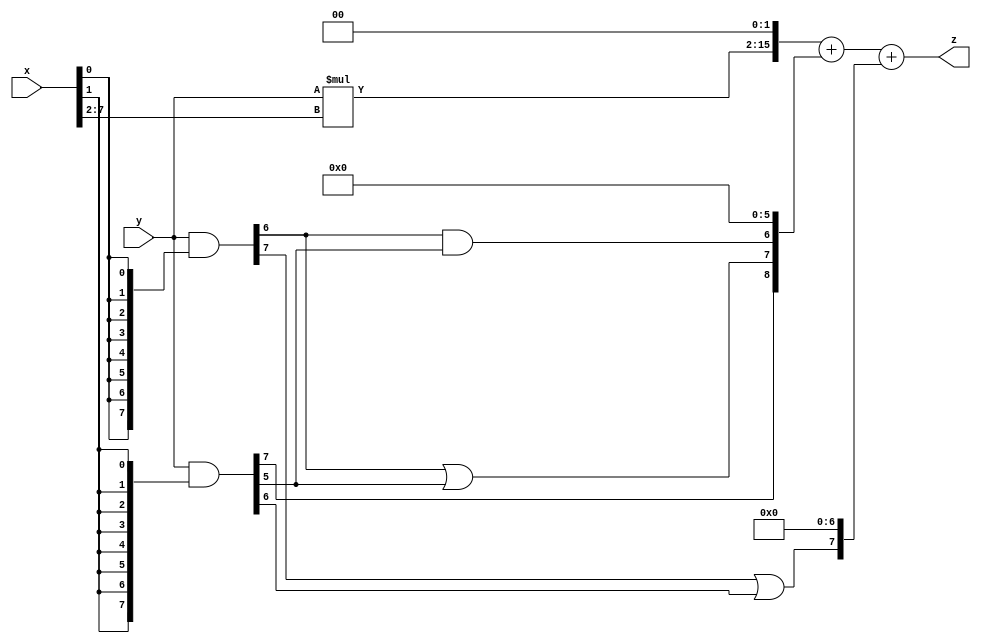
// terms: 4
// fval:  6055.25

module unsigned_8x8_l2_lamb1000_9 (
	input [7:0] x,
	input [7:0] y,
	output [15:0] z
);

wire [13:0] tmp_z = y*x[7:2];

wire [7:0] part1 =  y & {8{x[0]}};
wire [7:0] part2 =  y & {8{x[1]}};

wire [8:0] new_part1;
assign new_part1[0] = 0;
assign new_part1[1] = 0;
assign new_part1[2] = 0;
assign new_part1[3] = 0;
assign new_part1[4] = 0;
assign new_part1[5] = 0;
assign new_part1[6] = part1[6] & part2[5];
assign new_part1[7] = part1[6] | part2[5];
assign new_part1[8] = part2[7];

wire [7:0] new_part2;
assign new_part2[0] = 0;
assign new_part2[1] = 0;
assign new_part2[2] = 0;
assign new_part2[3] = 0;
assign new_part2[4] = 0;
assign new_part2[5] = 0;
assign new_part2[6] = 0;
assign new_part2[7] = part1[7] | part2[6];

assign z = {tmp_z, 2'd 0} + new_part1 + new_part2;
endmodule